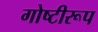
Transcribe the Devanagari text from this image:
गोष्टीरूप